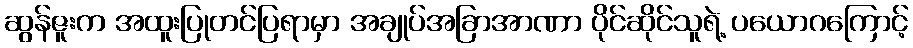
ဆွန်ဇူးက အထူးပြုတင်ပြရာမှာ အချုပ်အခြာအာဏာ ပိုင်ဆိုင်သူရဲ့ ပယောဂကြောင့်